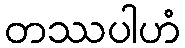
တဿပါဟံ